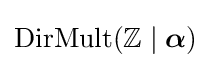
\operatorname {DirMult} (\mathbb {Z} \mid {\boldsymbol {\alpha }})